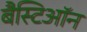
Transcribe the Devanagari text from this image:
बैस्टिऑन